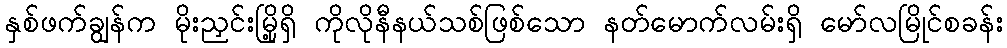
နှစ်ဖက်ချွန်က မိုးညှင်းမြို့ရှိ ကိုလိုနီနယ်သစ်ဖြစ်သော နတ်မောက်လမ်းရှိ မော်လမြိုင်စခန်း